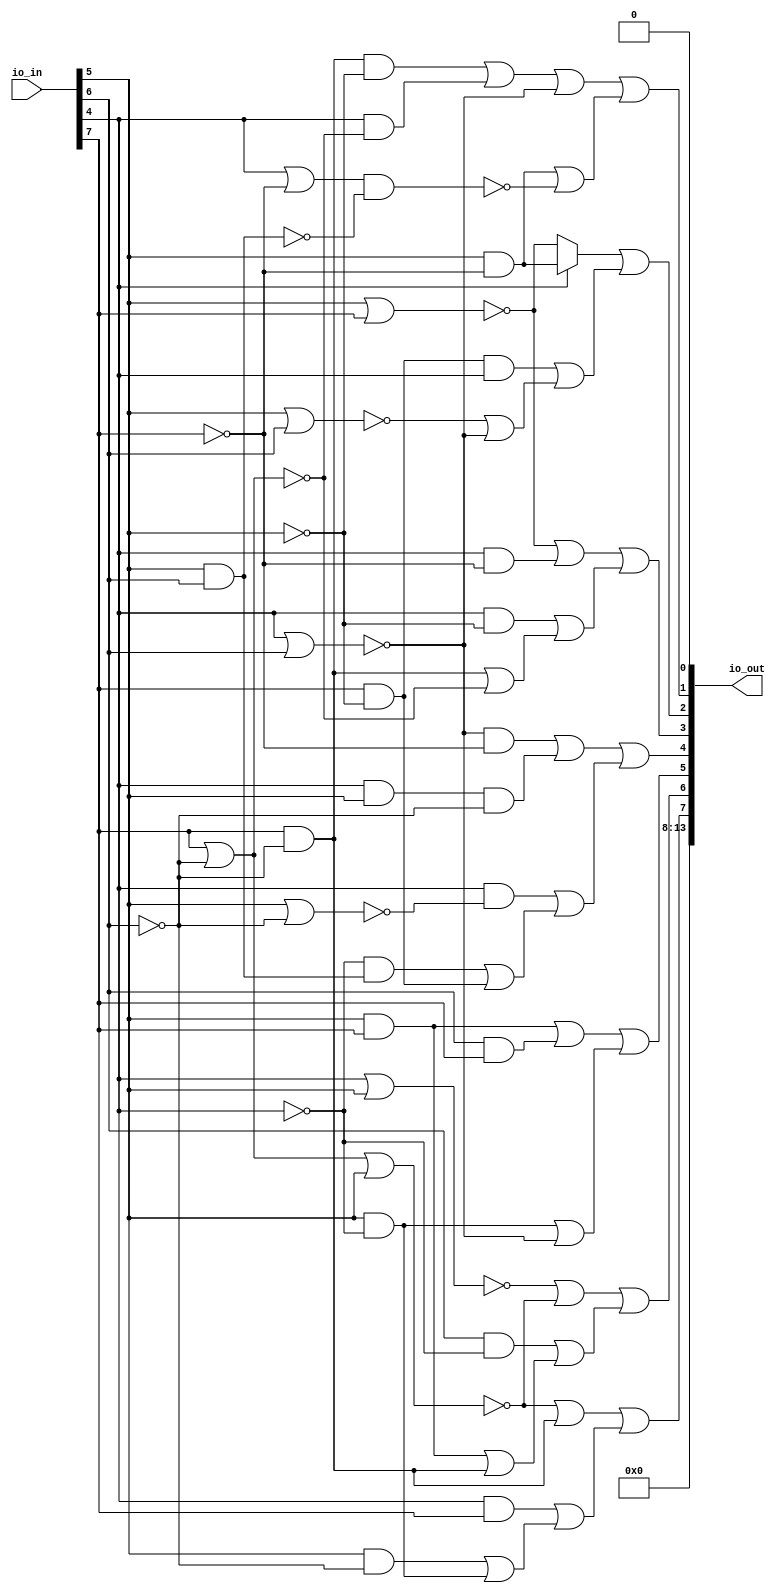
/* Generated by Yosys 0.25+83 (git sha1 755b753e1, aarch64-apple-darwin20.2-clang 10.0.0-4ubuntu1 -fPIC -Os) */

/* top =  1  */
/* src = "d39_oonyeado_sevenseg/src/wrapper.v:2.9-12.18" */
module d39_oonyeado_sevenseg(io_in, io_out);
  wire _000_;
  wire _001_;
  wire _002_;
  wire _003_;
  wire _004_;
  wire _005_;
  wire _006_;
  wire _007_;
  wire _008_;
  wire _009_;
  wire _010_;
  wire _011_;
  wire _012_;
  wire _013_;
  wire _014_;
  wire _015_;
  wire _016_;
  wire _017_;
  wire _018_;
  wire _019_;
  wire _020_;
  wire _021_;
  wire _022_;
  wire _023_;
  wire _024_;
  wire _025_;
  wire _026_;
  wire _027_;
  wire _028_;
  wire _029_;
  wire _030_;
  wire _031_;
  wire _032_;
  wire _033_;
  wire _034_;
  wire _035_;
  wire _036_;
  wire _037_;
  wire _038_;
  wire _039_;
  wire _040_;
  wire _041_;
  wire _042_;
  wire _043_;
  wire _044_;
  wire _045_;
  wire _046_;
  wire _047_;
  wire _048_;
  wire _049_;
  /* src = "d39_oonyeado_sevenseg/src/wrapper.v:3.26-3.31" */
  input [13:0] io_in;
  wire [13:0] io_in;
  /* src = "d39_oonyeado_sevenseg/src/wrapper.v:4.27-4.33" */
  output [13:0] io_out;
  wire [13:0] io_out;
  /* hdlname = "mchip gate1 b" */
  /* src = "d39_oonyeado_sevenseg/src/wrapper.v:7.44-10.14|d39_oonyeado_sevenseg/src/cells.v:18.16-18.17|d39_oonyeado_sevenseg/src/wokwi.v:102.12-106.4" */
  wire \mchip.gate1.b ;
  /* hdlname = "mchip gate11 out" */
  /* src = "d39_oonyeado_sevenseg/src/wrapper.v:7.44-10.14|d39_oonyeado_sevenseg/src/cells.v:28.17-28.20|d39_oonyeado_sevenseg/src/wokwi.v:133.11-137.4" */
  wire \mchip.gate11.out ;
  /* hdlname = "mchip gate15 out" */
  /* src = "d39_oonyeado_sevenseg/src/wrapper.v:7.44-10.14|d39_oonyeado_sevenseg/src/cells.v:28.17-28.20|d39_oonyeado_sevenseg/src/wokwi.v:153.11-157.4" */
  wire \mchip.gate15.out ;
  /* hdlname = "mchip gate19 out" */
  /* src = "d39_oonyeado_sevenseg/src/wrapper.v:7.44-10.14|d39_oonyeado_sevenseg/src/cells.v:28.17-28.20|d39_oonyeado_sevenseg/src/wokwi.v:173.11-177.4" */
  wire \mchip.gate19.out ;
  /* hdlname = "mchip gate22 out" */
  /* src = "d39_oonyeado_sevenseg/src/wrapper.v:7.44-10.14|d39_oonyeado_sevenseg/src/cells.v:28.17-28.20|d39_oonyeado_sevenseg/src/wokwi.v:188.11-192.4" */
  wire \mchip.gate22.out ;
  /* hdlname = "mchip gate26 out" */
  /* src = "d39_oonyeado_sevenseg/src/wrapper.v:7.44-10.14|d39_oonyeado_sevenseg/src/cells.v:28.17-28.20|d39_oonyeado_sevenseg/src/wokwi.v:208.11-212.4" */
  wire \mchip.gate26.out ;
  /* hdlname = "mchip gate30 out" */
  /* src = "d39_oonyeado_sevenseg/src/wrapper.v:7.44-10.14|d39_oonyeado_sevenseg/src/cells.v:28.17-28.20|d39_oonyeado_sevenseg/src/wokwi.v:228.11-232.4" */
  wire \mchip.gate30.out ;
  /* hdlname = "mchip gate32 out" */
  /* src = "d39_oonyeado_sevenseg/src/wrapper.v:7.44-10.14|d39_oonyeado_sevenseg/src/cells.v:28.17-28.20|d39_oonyeado_sevenseg/src/wokwi.v:248.11-252.4" */
  wire \mchip.gate32.out ;
  /* hdlname = "mchip gate37 a" */
  /* src = "d39_oonyeado_sevenseg/src/wrapper.v:7.44-10.14|d39_oonyeado_sevenseg/src/cells.v:17.16-17.17|d39_oonyeado_sevenseg/src/wokwi.v:278.12-282.4" */
  wire \mchip.gate37.a ;
  /* hdlname = "mchip gate37 b" */
  /* src = "d39_oonyeado_sevenseg/src/wrapper.v:7.44-10.14|d39_oonyeado_sevenseg/src/cells.v:18.16-18.17|d39_oonyeado_sevenseg/src/wokwi.v:278.12-282.4" */
  wire \mchip.gate37.b ;
  /* hdlname = "mchip gate39 a" */
  /* src = "d39_oonyeado_sevenseg/src/wrapper.v:7.44-10.14|d39_oonyeado_sevenseg/src/cells.v:17.16-17.17|d39_oonyeado_sevenseg/src/wokwi.v:288.12-292.4" */
  wire \mchip.gate39.a ;
  /* hdlname = "mchip gate40 b" */
  /* src = "d39_oonyeado_sevenseg/src/wrapper.v:7.44-10.14|d39_oonyeado_sevenseg/src/cells.v:18.16-18.17|d39_oonyeado_sevenseg/src/wokwi.v:293.12-297.4" */
  wire \mchip.gate40.b ;
  /* hdlname = "mchip gate41 a" */
  /* src = "d39_oonyeado_sevenseg/src/wrapper.v:7.44-10.14|d39_oonyeado_sevenseg/src/cells.v:17.16-17.17|d39_oonyeado_sevenseg/src/wokwi.v:298.12-302.4" */
  wire \mchip.gate41.a ;
  /* hdlname = "mchip gate41 b" */
  /* src = "d39_oonyeado_sevenseg/src/wrapper.v:7.44-10.14|d39_oonyeado_sevenseg/src/cells.v:18.16-18.17|d39_oonyeado_sevenseg/src/wokwi.v:298.12-302.4" */
  wire \mchip.gate41.b ;
  /* hdlname = "mchip gate43 b" */
  /* src = "d39_oonyeado_sevenseg/src/wrapper.v:7.44-10.14|d39_oonyeado_sevenseg/src/cells.v:18.16-18.17|d39_oonyeado_sevenseg/src/wokwi.v:308.12-312.4" */
  wire \mchip.gate43.b ;
  /* hdlname = "mchip gate45 a" */
  /* src = "d39_oonyeado_sevenseg/src/wrapper.v:7.44-10.14|d39_oonyeado_sevenseg/src/cells.v:17.16-17.17|d39_oonyeado_sevenseg/src/wokwi.v:318.12-322.4" */
  wire \mchip.gate45.a ;
  /* hdlname = "mchip gate46 b" */
  /* src = "d39_oonyeado_sevenseg/src/wrapper.v:7.44-10.14|d39_oonyeado_sevenseg/src/cells.v:18.16-18.17|d39_oonyeado_sevenseg/src/wokwi.v:323.12-327.4" */
  wire \mchip.gate46.b ;
  /* hdlname = "mchip gate47 b" */
  /* src = "d39_oonyeado_sevenseg/src/wrapper.v:7.44-10.14|d39_oonyeado_sevenseg/src/cells.v:18.16-18.17|d39_oonyeado_sevenseg/src/wokwi.v:328.12-332.4" */
  wire \mchip.gate47.b ;
  /* hdlname = "mchip gate48 b" */
  /* src = "d39_oonyeado_sevenseg/src/wrapper.v:7.44-10.14|d39_oonyeado_sevenseg/src/cells.v:18.16-18.17|d39_oonyeado_sevenseg/src/wokwi.v:333.12-337.4" */
  wire \mchip.gate48.b ;
  /* hdlname = "mchip gate49 b" */
  /* src = "d39_oonyeado_sevenseg/src/wrapper.v:7.44-10.14|d39_oonyeado_sevenseg/src/cells.v:18.16-18.17|d39_oonyeado_sevenseg/src/wokwi.v:338.12-342.4" */
  wire \mchip.gate49.b ;
  /* hdlname = "mchip gate5 in" */
  /* src = "d39_oonyeado_sevenseg/src/wrapper.v:7.44-10.14|d39_oonyeado_sevenseg/src/cells.v:53.16-53.18|d39_oonyeado_sevenseg/src/wokwi.v:112.12-115.4" */
  wire \mchip.gate5.in ;
  /* hdlname = "mchip gate50 b" */
  /* src = "d39_oonyeado_sevenseg/src/wrapper.v:7.44-10.14|d39_oonyeado_sevenseg/src/cells.v:18.16-18.17|d39_oonyeado_sevenseg/src/wokwi.v:343.12-347.4" */
  wire \mchip.gate50.b ;
  /* hdlname = "mchip gate53 a" */
  /* src = "d39_oonyeado_sevenseg/src/wrapper.v:7.44-10.14|d39_oonyeado_sevenseg/src/cells.v:17.16-17.17|d39_oonyeado_sevenseg/src/wokwi.v:358.12-362.4" */
  wire \mchip.gate53.a ;
  /* hdlname = "mchip gate55 a" */
  /* src = "d39_oonyeado_sevenseg/src/wrapper.v:7.44-10.14|d39_oonyeado_sevenseg/src/cells.v:17.16-17.17|d39_oonyeado_sevenseg/src/wokwi.v:428.12-432.4" */
  wire \mchip.gate55.a ;
  /* hdlname = "mchip gate55 b" */
  /* src = "d39_oonyeado_sevenseg/src/wrapper.v:7.44-10.14|d39_oonyeado_sevenseg/src/cells.v:18.16-18.17|d39_oonyeado_sevenseg/src/wokwi.v:428.12-432.4" */
  wire \mchip.gate55.b ;
  /* hdlname = "mchip gate56 a" */
  /* src = "d39_oonyeado_sevenseg/src/wrapper.v:7.44-10.14|d39_oonyeado_sevenseg/src/cells.v:17.16-17.17|d39_oonyeado_sevenseg/src/wokwi.v:433.12-437.4" */
  wire \mchip.gate56.a ;
  /* hdlname = "mchip gate56 b" */
  /* src = "d39_oonyeado_sevenseg/src/wrapper.v:7.44-10.14|d39_oonyeado_sevenseg/src/cells.v:18.16-18.17|d39_oonyeado_sevenseg/src/wokwi.v:433.12-437.4" */
  wire \mchip.gate56.b ;
  /* hdlname = "mchip gate58 b" */
  /* src = "d39_oonyeado_sevenseg/src/wrapper.v:7.44-10.14|d39_oonyeado_sevenseg/src/cells.v:18.16-18.17|d39_oonyeado_sevenseg/src/wokwi.v:373.12-377.4" */
  wire \mchip.gate58.b ;
  /* hdlname = "mchip gate59 a" */
  /* src = "d39_oonyeado_sevenseg/src/wrapper.v:7.44-10.14|d39_oonyeado_sevenseg/src/cells.v:17.16-17.17|d39_oonyeado_sevenseg/src/wokwi.v:378.12-382.4" */
  wire \mchip.gate59.a ;
  /* hdlname = "mchip gate60 a" */
  /* src = "d39_oonyeado_sevenseg/src/wrapper.v:7.44-10.14|d39_oonyeado_sevenseg/src/cells.v:17.16-17.17|d39_oonyeado_sevenseg/src/wokwi.v:383.12-387.4" */
  wire \mchip.gate60.a ;
  /* hdlname = "mchip gate60 b" */
  /* src = "d39_oonyeado_sevenseg/src/wrapper.v:7.44-10.14|d39_oonyeado_sevenseg/src/cells.v:18.16-18.17|d39_oonyeado_sevenseg/src/wokwi.v:383.12-387.4" */
  wire \mchip.gate60.b ;
  /* hdlname = "mchip gate64 b" */
  /* src = "d39_oonyeado_sevenseg/src/wrapper.v:7.44-10.14|d39_oonyeado_sevenseg/src/cells.v:18.16-18.17|d39_oonyeado_sevenseg/src/wokwi.v:403.12-407.4" */
  wire \mchip.gate64.b ;
  /* hdlname = "mchip gate65 b" */
  /* src = "d39_oonyeado_sevenseg/src/wrapper.v:7.44-10.14|d39_oonyeado_sevenseg/src/cells.v:18.16-18.17|d39_oonyeado_sevenseg/src/wokwi.v:408.12-412.4" */
  wire \mchip.gate65.b ;
  /* hdlname = "mchip gate66 b" */
  /* src = "d39_oonyeado_sevenseg/src/wrapper.v:7.44-10.14|d39_oonyeado_sevenseg/src/cells.v:18.16-18.17|d39_oonyeado_sevenseg/src/wokwi.v:413.12-417.4" */
  wire \mchip.gate66.b ;
  /* hdlname = "mchip gate67 a" */
  /* src = "d39_oonyeado_sevenseg/src/wrapper.v:7.44-10.14|d39_oonyeado_sevenseg/src/cells.v:17.16-17.17|d39_oonyeado_sevenseg/src/wokwi.v:418.12-422.4" */
  wire \mchip.gate67.a ;
  /* hdlname = "mchip gate68 a" */
  /* src = "d39_oonyeado_sevenseg/src/wrapper.v:7.44-10.14|d39_oonyeado_sevenseg/src/cells.v:17.16-17.17|d39_oonyeado_sevenseg/src/wokwi.v:438.12-442.4" */
  wire \mchip.gate68.a ;
  /* hdlname = "mchip gate69 a" */
  /* src = "d39_oonyeado_sevenseg/src/wrapper.v:7.44-10.14|d39_oonyeado_sevenseg/src/cells.v:17.16-17.17|d39_oonyeado_sevenseg/src/wokwi.v:423.12-427.4" */
  wire \mchip.gate69.a ;
  /* hdlname = "mchip gate7 in" */
  /* src = "d39_oonyeado_sevenseg/src/wrapper.v:7.44-10.14|d39_oonyeado_sevenseg/src/cells.v:53.16-53.18|d39_oonyeado_sevenseg/src/wokwi.v:116.12-119.4" */
  wire \mchip.gate7.in ;
  /* hdlname = "mchip gate72 a" */
  /* src = "d39_oonyeado_sevenseg/src/wrapper.v:7.44-10.14|d39_oonyeado_sevenseg/src/cells.v:17.16-17.17|d39_oonyeado_sevenseg/src/wokwi.v:453.12-457.4" */
  wire \mchip.gate72.a ;
  /* hdlname = "mchip gate73 a" */
  /* src = "d39_oonyeado_sevenseg/src/wrapper.v:7.44-10.14|d39_oonyeado_sevenseg/src/cells.v:17.16-17.17|d39_oonyeado_sevenseg/src/wokwi.v:458.12-462.4" */
  wire \mchip.gate73.a ;
  /* hdlname = "mchip gate74 a" */
  /* src = "d39_oonyeado_sevenseg/src/wrapper.v:7.44-10.14|d39_oonyeado_sevenseg/src/cells.v:17.16-17.17|d39_oonyeado_sevenseg/src/wokwi.v:463.12-467.4" */
  wire \mchip.gate74.a ;
  /* hdlname = "mchip gate74 b" */
  /* src = "d39_oonyeado_sevenseg/src/wrapper.v:7.44-10.14|d39_oonyeado_sevenseg/src/cells.v:18.16-18.17|d39_oonyeado_sevenseg/src/wokwi.v:463.12-467.4" */
  wire \mchip.gate74.b ;
  /* hdlname = "mchip gate75 a" */
  /* src = "d39_oonyeado_sevenseg/src/wrapper.v:7.44-10.14|d39_oonyeado_sevenseg/src/cells.v:17.16-17.17|d39_oonyeado_sevenseg/src/wokwi.v:468.12-472.4" */
  wire \mchip.gate75.a ;
  /* hdlname = "mchip gate76 a" */
  /* src = "d39_oonyeado_sevenseg/src/wrapper.v:7.44-10.14|d39_oonyeado_sevenseg/src/cells.v:17.16-17.17|d39_oonyeado_sevenseg/src/wokwi.v:473.12-477.4" */
  wire \mchip.gate76.a ;
  /* hdlname = "mchip gate76 b" */
  /* src = "d39_oonyeado_sevenseg/src/wrapper.v:7.44-10.14|d39_oonyeado_sevenseg/src/cells.v:18.16-18.17|d39_oonyeado_sevenseg/src/wokwi.v:473.12-477.4" */
  wire \mchip.gate76.b ;
  /* hdlname = "mchip gate77 b" */
  /* src = "d39_oonyeado_sevenseg/src/wrapper.v:7.44-10.14|d39_oonyeado_sevenseg/src/cells.v:18.16-18.17|d39_oonyeado_sevenseg/src/wokwi.v:478.12-482.4" */
  wire \mchip.gate77.b ;
  /* hdlname = "mchip gate78 a" */
  /* src = "d39_oonyeado_sevenseg/src/wrapper.v:7.44-10.14|d39_oonyeado_sevenseg/src/cells.v:17.16-17.17|d39_oonyeado_sevenseg/src/wokwi.v:483.12-487.4" */
  wire \mchip.gate78.a ;
  /* hdlname = "mchip gate8 in" */
  /* src = "d39_oonyeado_sevenseg/src/wrapper.v:7.44-10.14|d39_oonyeado_sevenseg/src/cells.v:53.16-53.18|d39_oonyeado_sevenseg/src/wokwi.v:120.12-123.4" */
  wire \mchip.gate8.in ;
  /* hdlname = "mchip gate9 in" */
  /* src = "d39_oonyeado_sevenseg/src/wrapper.v:7.44-10.14|d39_oonyeado_sevenseg/src/cells.v:53.16-53.18|d39_oonyeado_sevenseg/src/wokwi.v:124.12-127.4" */
  wire \mchip.gate9.in ;
  /* hdlname = "mchip io_in" */
  /* src = "d39_oonyeado_sevenseg/src/wrapper.v:7.44-10.14|d39_oonyeado_sevenseg/src/wokwi.v:6.15-6.20" */
  /* unused_bits = "0 1 2 3" */
  wire [7:0] \mchip.io_in ;
  /* hdlname = "mchip io_out" */
  /* src = "d39_oonyeado_sevenseg/src/wrapper.v:7.44-10.14|d39_oonyeado_sevenseg/src/wokwi.v:7.16-7.22" */
  wire [7:0] \mchip.io_out ;
  /* hdlname = "mchip net1" */
  /* src = "d39_oonyeado_sevenseg/src/wrapper.v:7.44-10.14|d39_oonyeado_sevenseg/src/wokwi.v:9.8-9.12" */
  wire \mchip.net1 ;
  /* hdlname = "mchip net10" */
  /* src = "d39_oonyeado_sevenseg/src/wrapper.v:7.44-10.14|d39_oonyeado_sevenseg/src/wokwi.v:18.8-18.13" */
  wire \mchip.net10 ;
  /* hdlname = "mchip net11" */
  /* src = "d39_oonyeado_sevenseg/src/wrapper.v:7.44-10.14|d39_oonyeado_sevenseg/src/wokwi.v:19.8-19.13" */
  wire \mchip.net11 ;
  /* hdlname = "mchip net12" */
  /* src = "d39_oonyeado_sevenseg/src/wrapper.v:7.44-10.14|d39_oonyeado_sevenseg/src/wokwi.v:20.8-20.13" */
  wire \mchip.net12 ;
  /* hdlname = "mchip net2" */
  /* src = "d39_oonyeado_sevenseg/src/wrapper.v:7.44-10.14|d39_oonyeado_sevenseg/src/wokwi.v:10.8-10.12" */
  wire \mchip.net2 ;
  /* hdlname = "mchip net3" */
  /* src = "d39_oonyeado_sevenseg/src/wrapper.v:7.44-10.14|d39_oonyeado_sevenseg/src/wokwi.v:11.8-11.12" */
  wire \mchip.net3 ;
  /* hdlname = "mchip net4" */
  /* src = "d39_oonyeado_sevenseg/src/wrapper.v:7.44-10.14|d39_oonyeado_sevenseg/src/wokwi.v:12.8-12.12" */
  wire \mchip.net4 ;
  /* hdlname = "mchip net5" */
  /* src = "d39_oonyeado_sevenseg/src/wrapper.v:7.44-10.14|d39_oonyeado_sevenseg/src/wokwi.v:13.8-13.12" */
  wire \mchip.net5 ;
  /* hdlname = "mchip net6" */
  /* src = "d39_oonyeado_sevenseg/src/wrapper.v:7.44-10.14|d39_oonyeado_sevenseg/src/wokwi.v:14.8-14.12" */
  wire \mchip.net6 ;
  /* hdlname = "mchip net7" */
  /* src = "d39_oonyeado_sevenseg/src/wrapper.v:7.44-10.14|d39_oonyeado_sevenseg/src/wokwi.v:15.8-15.12" */
  wire \mchip.net7 ;
  /* hdlname = "mchip net8" */
  /* src = "d39_oonyeado_sevenseg/src/wrapper.v:7.44-10.14|d39_oonyeado_sevenseg/src/wokwi.v:16.8-16.12" */
  wire \mchip.net8 ;
  /* hdlname = "mchip net84" */
  /* src = "d39_oonyeado_sevenseg/src/wrapper.v:7.44-10.14|d39_oonyeado_sevenseg/src/wokwi.v:92.8-92.13" */
  wire \mchip.net84 ;
  /* hdlname = "mchip net9" */
  /* src = "d39_oonyeado_sevenseg/src/wrapper.v:7.44-10.14|d39_oonyeado_sevenseg/src/wokwi.v:17.8-17.12" */
  wire \mchip.net9 ;
  assign _000_ = ~(io_in[5] & io_in[6]);
  assign _001_ = io_in[4] | ~(io_in[7]);
  assign _002_ = ~(_001_ & _000_);
  assign _003_ = io_in[5] & ~(io_in[7]);
  assign _004_ = _003_ | _002_;
  assign _005_ = ~(io_in[4] | io_in[6]);
  assign _006_ = io_in[7] | ~(io_in[6]);
  assign _007_ = io_in[4] & ~(_006_);
  assign _008_ = io_in[7] & ~(io_in[6]);
  assign _009_ = _008_ & ~(io_in[5]);
  assign _010_ = _009_ | _007_;
  assign _011_ = _010_ | _005_;
  assign \mchip.gate32.out  = _011_ | _004_;
  assign _012_ = _008_ | ~(_006_);
  assign _013_ = io_in[4] & ~(io_in[5]);
  assign _014_ = _013_ | _012_;
  assign _015_ = io_in[4] & ~(io_in[7]);
  assign _016_ = ~(io_in[5] | io_in[7]);
  assign _017_ = _016_ | _015_;
  assign \mchip.gate30.out  = _017_ | _014_;
  assign _018_ = ~(io_in[5] | io_in[6]);
  assign _019_ = _018_ | _005_;
  assign _020_ = ~io_in[4];
  assign _021_ = io_in[7] & ~(io_in[5]);
  assign _022_ = _021_ & ~(_020_);
  assign _023_ = _022_ | _019_;
  assign _024_ = io_in[4] ? _003_ : _016_;
  assign \mchip.gate26.out  = _024_ | _023_;
  assign _025_ = io_in[5] & ~(io_in[4]);
  assign _026_ = io_in[5] & ~(io_in[6]);
  assign _027_ = _026_ | _025_;
  assign _028_ = io_in[4] & io_in[7];
  assign _029_ = _028_ | _027_;
  assign _030_ = ~(_006_ | io_in[5]);
  assign _031_ = _030_ | _008_;
  assign \mchip.gate22.out  = _031_ | _029_;
  assign _032_ = _025_ | _005_;
  assign _033_ = io_in[6] & io_in[7];
  assign _034_ = io_in[5] & io_in[7];
  assign _035_ = _034_ | _033_;
  assign \mchip.gate19.out  = _035_ | _032_;
  assign _036_ = _034_ | _008_;
  assign _037_ = io_in[6] & ~(io_in[4]);
  assign _038_ = _037_ | _036_;
  assign _039_ = ~(io_in[4] | io_in[5]);
  assign _040_ = _039_ | _030_;
  assign \mchip.gate15.out  = _040_ | _038_;
  assign _041_ = _020_ & ~(_000_);
  assign _042_ = _041_ | _021_;
  assign _043_ = io_in[5] | ~(io_in[6]);
  assign _044_ = io_in[4] & ~(_043_);
  assign _045_ = _044_ | _042_;
  assign _046_ = io_in[4] & io_in[5];
  assign _047_ = _046_ & ~(io_in[6]);
  assign _048_ = _005_ & ~(io_in[7]);
  assign _049_ = _048_ | _047_;
  assign \mchip.gate11.out  = _049_ | _045_;
  assign io_out = { 6'h00, \mchip.gate22.out , \mchip.gate15.out , \mchip.gate19.out , \mchip.gate11.out , \mchip.gate30.out , \mchip.gate26.out , \mchip.gate32.out , 1'h0 };
  assign \mchip.gate1.b  = io_in[6];
  assign \mchip.gate37.a  = io_in[4];
  assign \mchip.gate37.b  = io_in[5];
  assign \mchip.gate39.a  = io_in[6];
  assign \mchip.gate40.b  = io_in[4];
  assign \mchip.gate41.a  = io_in[6];
  assign \mchip.gate41.b  = io_in[5];
  assign \mchip.gate43.b  = io_in[6];
  assign \mchip.gate45.a  = io_in[7];
  assign \mchip.gate46.b  = io_in[4];
  assign \mchip.gate47.b  = io_in[5];
  assign \mchip.gate48.b  = io_in[4];
  assign \mchip.gate49.b  = io_in[6];
  assign \mchip.gate5.in  = io_in[7];
  assign \mchip.gate50.b  = io_in[4];
  assign \mchip.gate53.a  = io_in[7];
  assign \mchip.gate55.a  = io_in[7];
  assign \mchip.gate55.b  = io_in[5];
  assign \mchip.gate56.a  = io_in[7];
  assign \mchip.gate56.b  = io_in[6];
  assign \mchip.gate58.b  = io_in[5];
  assign \mchip.gate59.a  = io_in[7];
  assign \mchip.gate60.a  = io_in[6];
  assign \mchip.gate60.b  = io_in[5];
  assign \mchip.gate64.b  = io_in[4];
  assign \mchip.gate65.b  = io_in[4];
  assign \mchip.gate66.b  = io_in[6];
  assign \mchip.gate67.a  = io_in[7];
  assign \mchip.gate68.a  = io_in[5];
  assign \mchip.gate69.a  = io_in[7];
  assign \mchip.gate7.in  = io_in[6];
  assign \mchip.gate72.a  = io_in[6];
  assign \mchip.gate73.a  = io_in[7];
  assign \mchip.gate74.a  = io_in[7];
  assign \mchip.gate74.b  = io_in[5];
  assign \mchip.gate75.a  = io_in[7];
  assign \mchip.gate76.a  = io_in[7];
  assign \mchip.gate76.b  = io_in[4];
  assign \mchip.gate77.b  = io_in[5];
  assign \mchip.gate78.a  = io_in[5];
  assign \mchip.gate8.in  = io_in[5];
  assign \mchip.gate9.in  = io_in[4];
  assign \mchip.io_in  = io_in[7:0];
  assign \mchip.io_out  = { \mchip.gate22.out , \mchip.gate15.out , \mchip.gate19.out , \mchip.gate11.out , \mchip.gate30.out , \mchip.gate26.out , \mchip.gate32.out , 1'h0 };
  assign \mchip.net1  = io_in[4];
  assign \mchip.net10  = \mchip.gate15.out ;
  assign \mchip.net11  = \mchip.gate22.out ;
  assign \mchip.net12  = 1'h1;
  assign \mchip.net2  = io_in[5];
  assign \mchip.net3  = io_in[6];
  assign \mchip.net4  = io_in[7];
  assign \mchip.net5  = \mchip.gate32.out ;
  assign \mchip.net6  = \mchip.gate26.out ;
  assign \mchip.net7  = \mchip.gate30.out ;
  assign \mchip.net8  = \mchip.gate11.out ;
  assign \mchip.net84  = 1'h0;
  assign \mchip.net9  = \mchip.gate19.out ;
endmodule